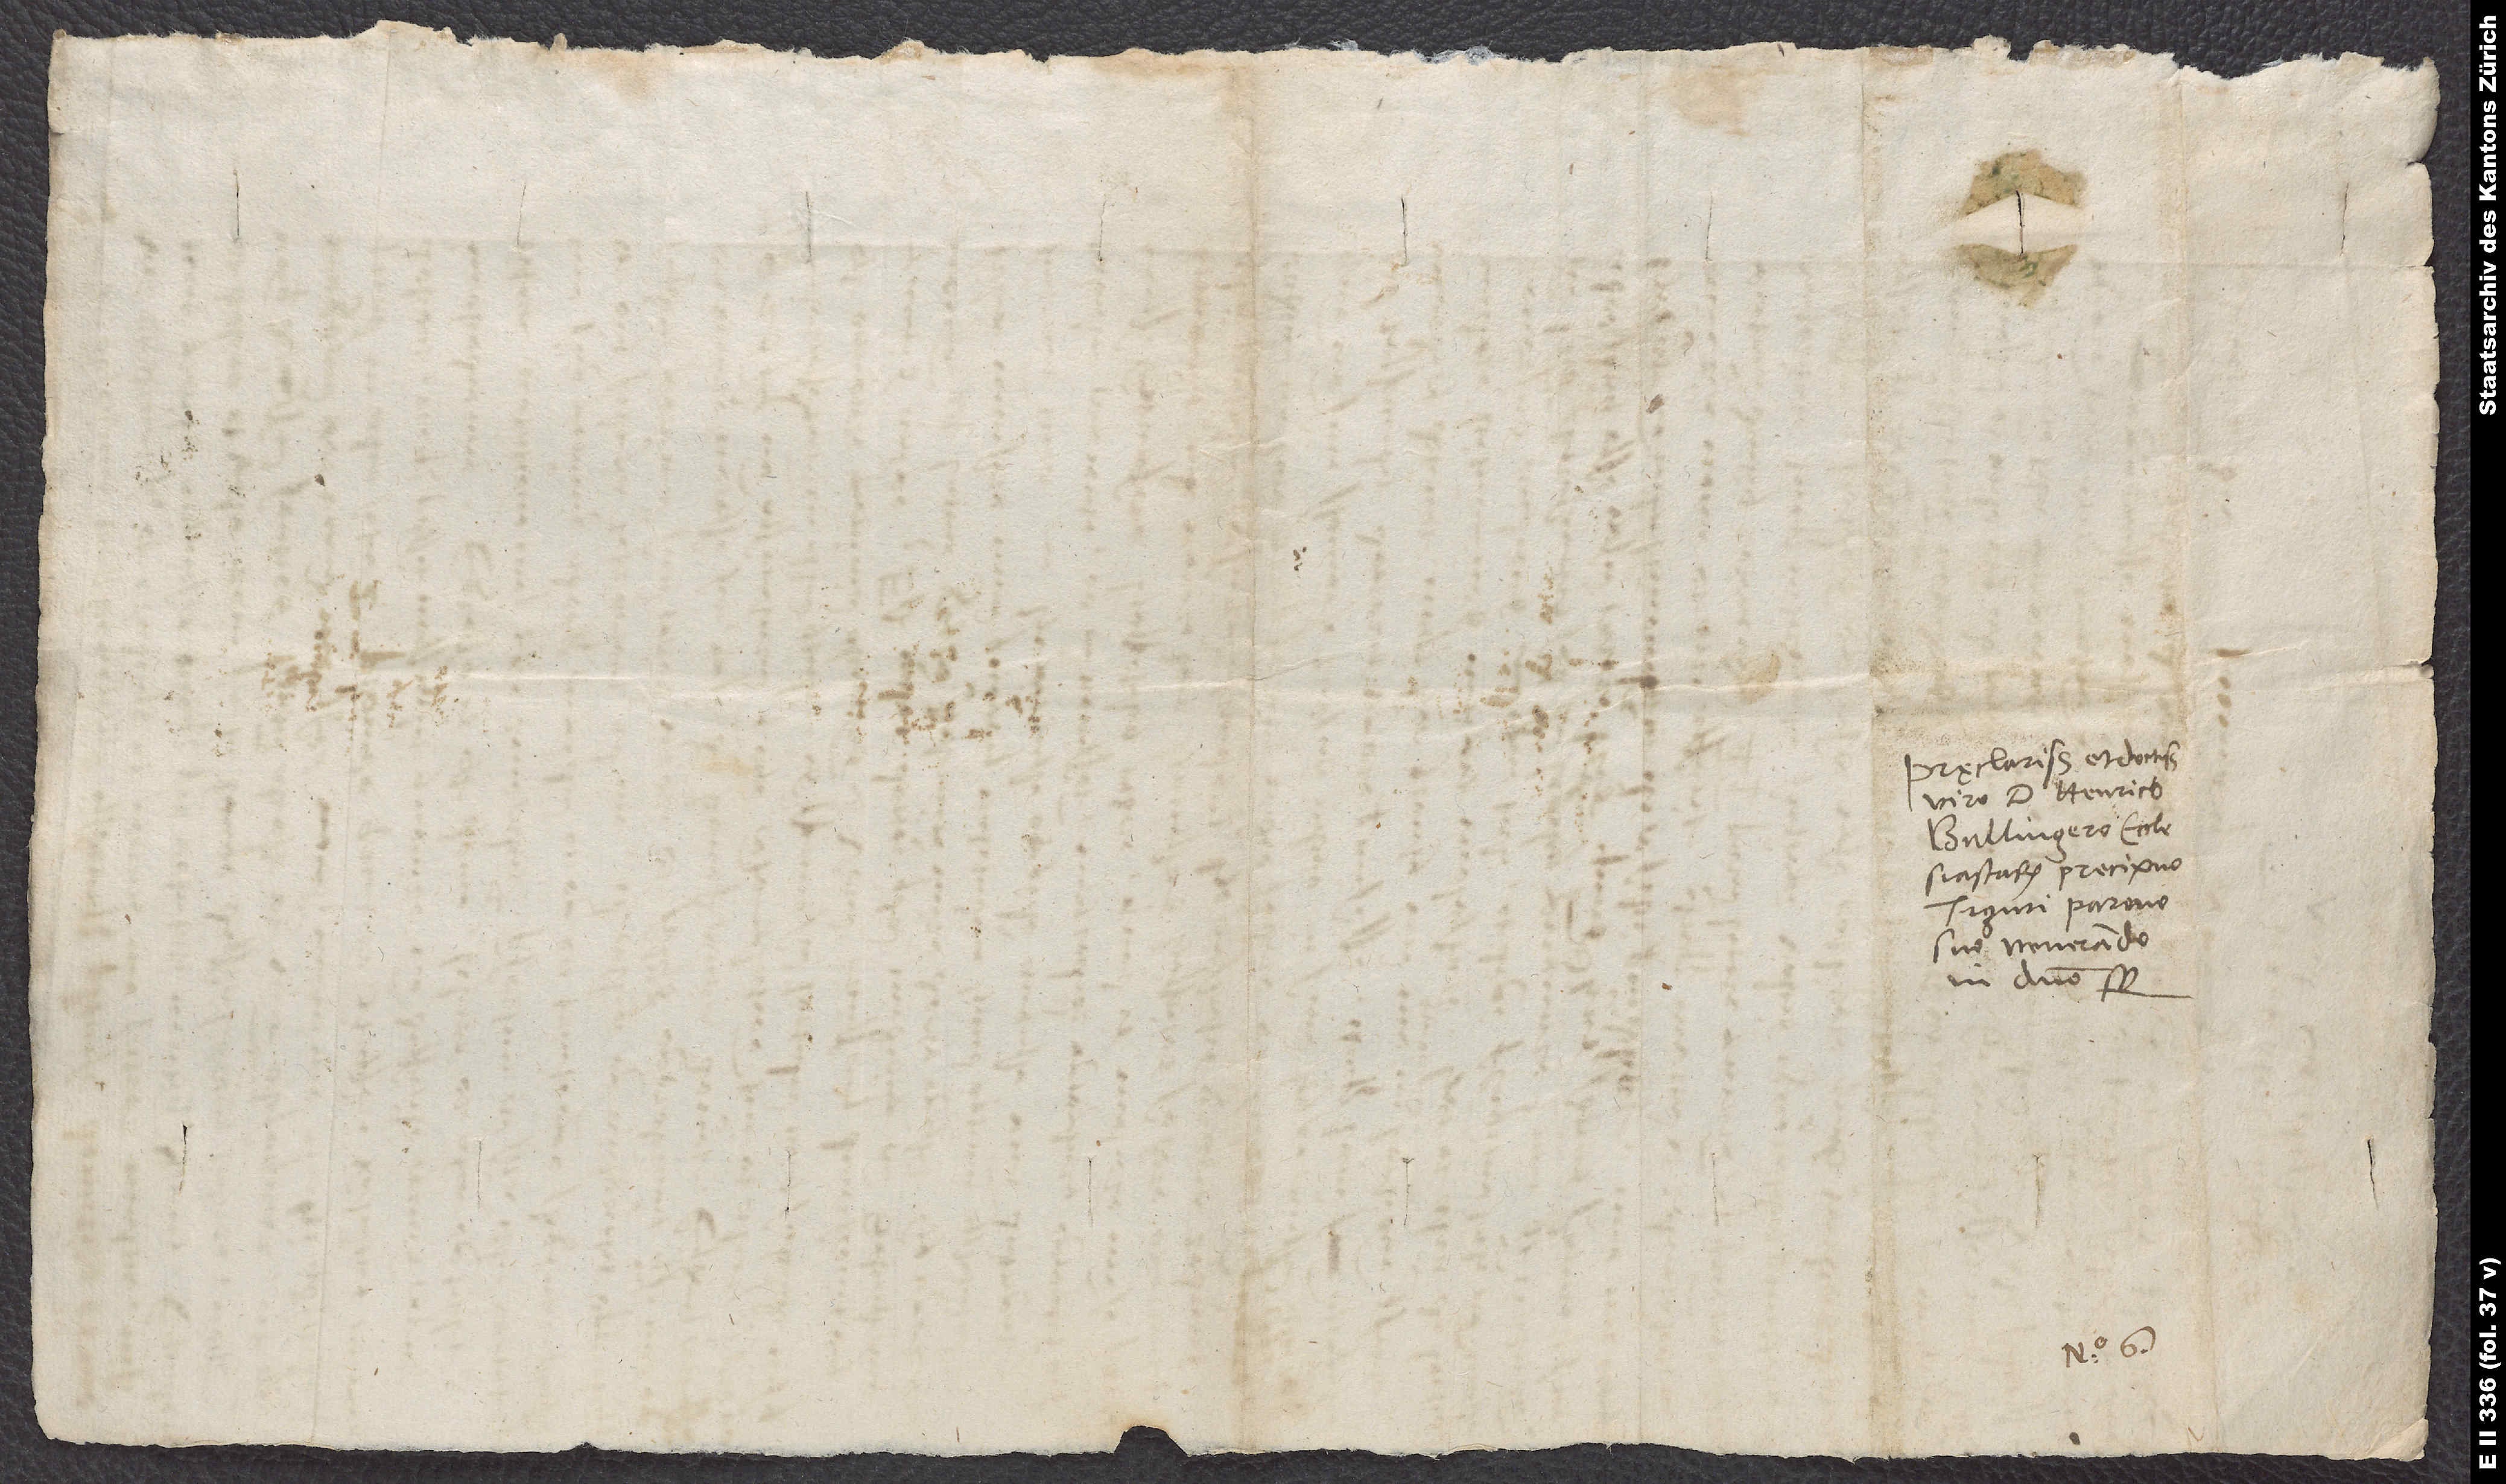
Pręclarissimo et doctissimo
viro d. Henrico
precipuo
Tiguri, patrono
suo venerando
in domino semper.